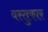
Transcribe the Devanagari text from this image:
वस्तुकार